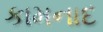
કામનાદ